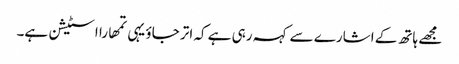
مجھے ہاتھ کے اشارے سے کہہ رہی ہے کہ اتر جاؤ یہی تمھارا اسٹیشن ہے۔